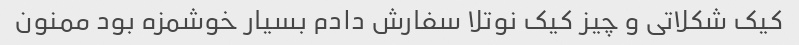
کیک شکلاتی و چیز کیک نوتلا سفارش دادم بسیار خوشمزه بود ممنون